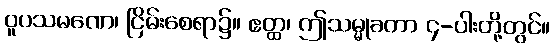
ဝူပသမဏေ၊ ငြိမ်းစေရာ၌။ ဧတ္ထ၊ ဤသမ္မုခတာ ၄-ပါးတို့တွင်။